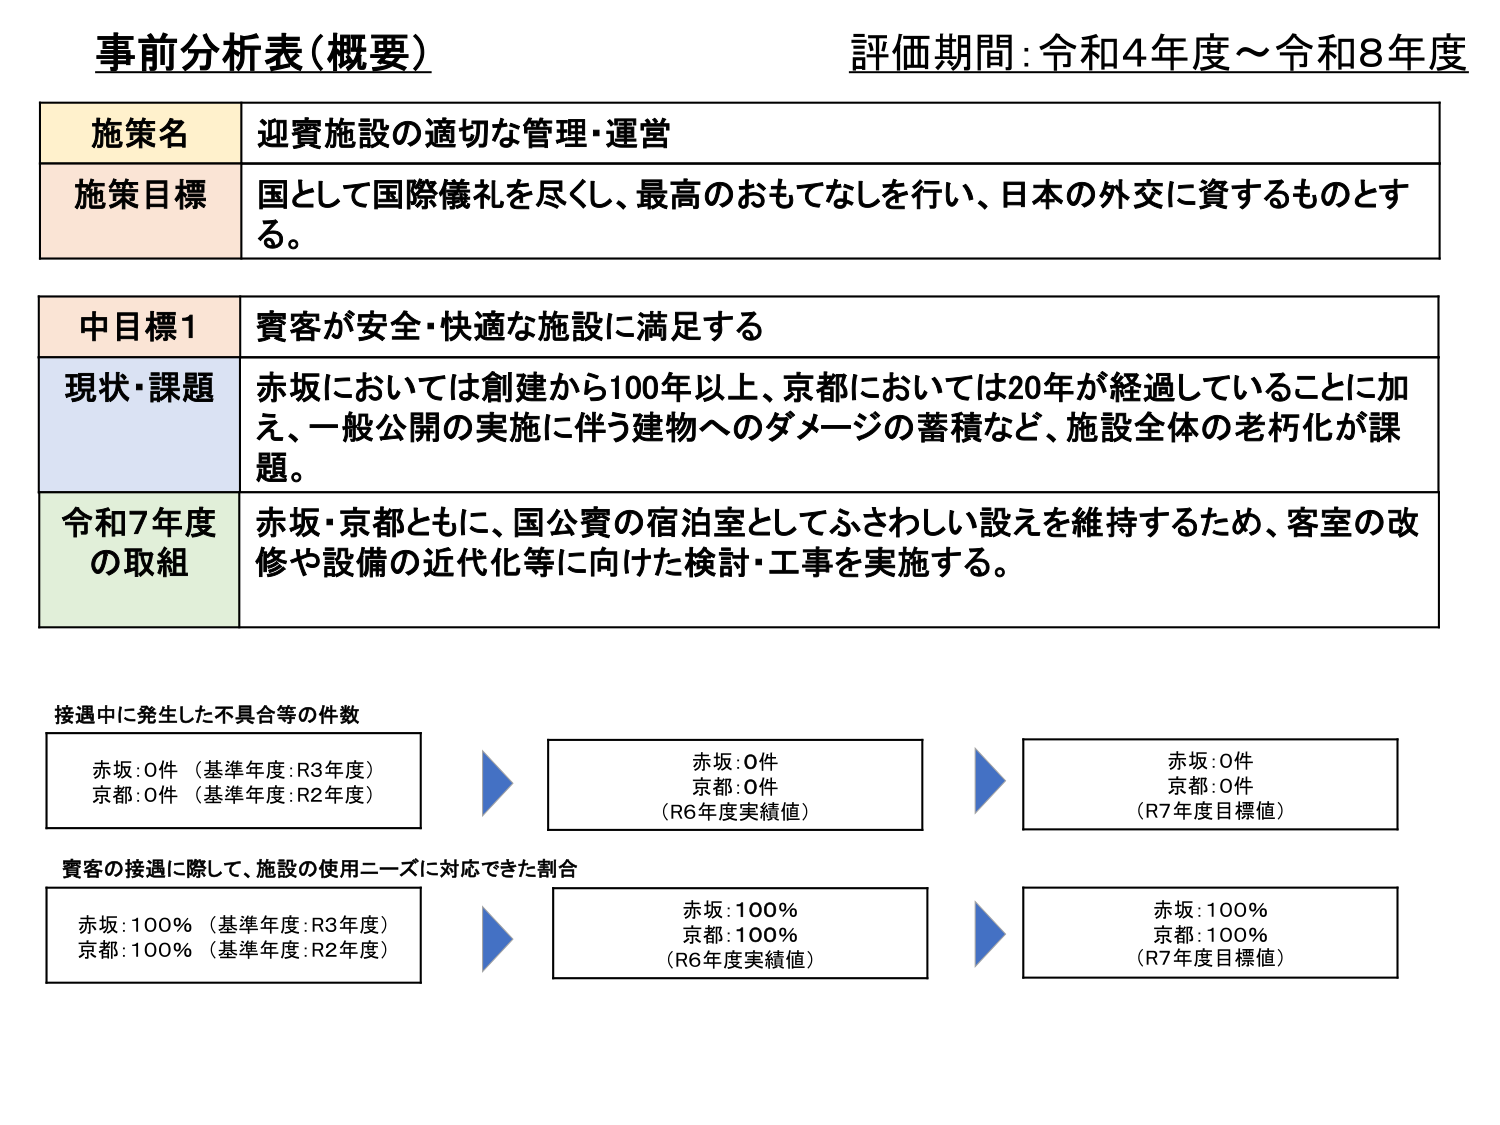
事前分析表（概要）
評価期間：令和4年度～令和8年度

施策名　迎賓施設の適切な管理・運営
施策目標　国として国際儀礼を尽くし、最高のおもてなしを行い、日本の外交に資するものとする。

中目標1　賓客が安全・快適な施設に満足する
現状・課題　赤坂においては創建から100年以上、京都においては20年が経過していることに加え、一般公開の実施に伴う建物へのダメージの蓄積など、施設全体の老朽化が課題。
令和7年度の取組　赤坂・京都ともに、国公賓の宿泊室としてふさわしい設えを維持するため、客室の改修や設備の近代化等に向けた検討・工事を実施する。

接遇中に発生した不具合等の件数
赤坂：0件（基準年度：R3年度）
京都：0件（基準年度：R2年度）
→
赤坂：0件
京都：0件
（R6年度実績値）
→
赤坂：0件
京都：0件
（R7年度目標値）

賓客の接遇に際して、施設の使用ニーズに対応できた割合
赤坂：100％（基準年度：R3年度）
京都：100％（基準年度：R2年度）
→
赤坂：100％
京都：100％
（R6年度実績値）
→
赤坂：100％
京都：100％
（R7年度目標値）